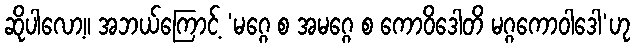
ဆိုပါလော့။ အဘယ်ကြောင့် ‘မဂ္ဂေ စ အမဂ္ဂေ စ ကောဝိဒေါတိ မဂ္ဂကောဝါဒေါ’ဟု